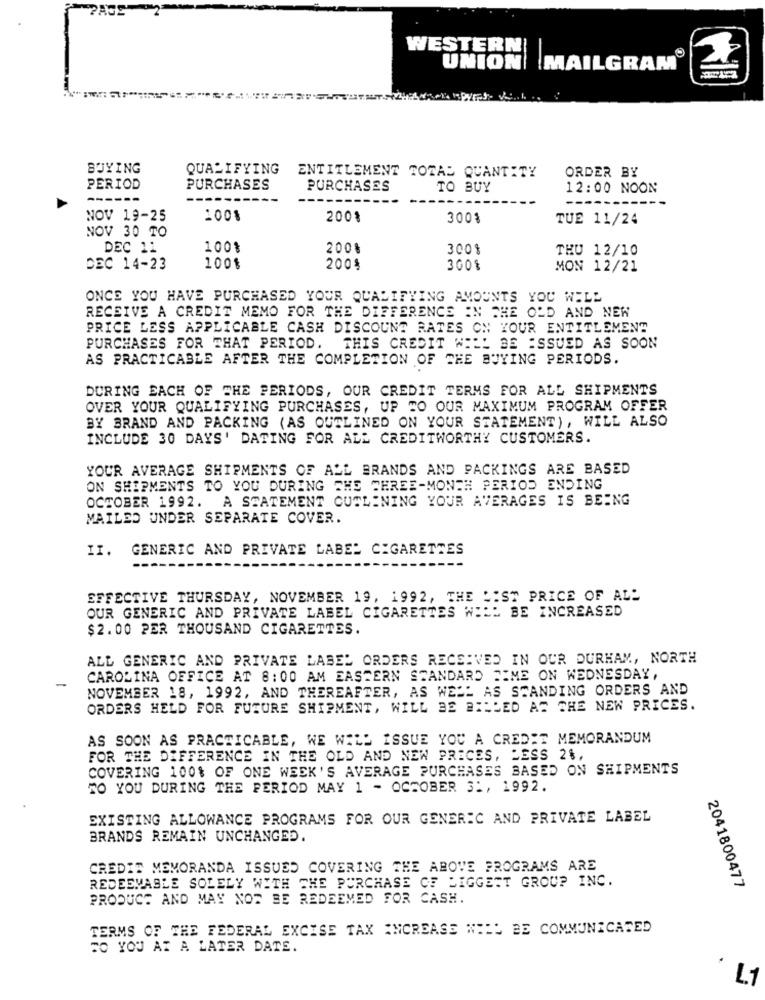
WESTERN
UNION MAILGRAM
BUYING
QUALIFYING
ORDER BY
ENTITLEMENT TOZAD QUANTITY
PERIOD
PURCHASES
PURCHASES
TO BUY
12:00 NOON
--
----
NOV 19-25
1001
200%
300%
TUE 11/24
NOV 30 TO
DEC 11
100%
200%
3001
THU 12/10
DEC 14-23
100$
200$
300%
MON 12/21
ONCE YOU HAVE PURCHASED YOUR QUALIFYING AMOUNTS YOU WILL
RECEIVE A CREDIT MEMO FOR THE DIFFERENCE IN THE OLD AND NEW
PRICE LESS APPLICABLE CASH DISCOUNT RATES ON YOUR ENTITLEMENT
PURCHASES FOR THAT PERIOD. THIS CREDIT WILL BE ISSUED AS SOON
AS PRACTICABLE AFTER THE COMPLETION OF THE BUYING PERIODS.
DURING EACH OF THE PERIODS, OUR CREDIT TERMS FOR ALL SHIPMENTS
OVER YOUR QUALIFYING PURCHASES, UP TO OUR MAXIMUM PROGRAM OFFER
BY BRAND AND PACKING (AS OUTLINED ON YOUR STATEMENT), WILL ALSO
INCLUDE 30 DAYS' DATING FOR ALL CREDITWORTHY CUSTOMERS.
YOUR AVERAGE SHIPMENTS OF ALL BRANDS AND PACKINGS ARE BASED
ON SHIPMENTS TO YOU DURING THE THREE-MONTH PERIOD ENDING
OCTOBER 1992. A STATEMENT OUTLINING YOUR AVERAGES IS BEING
MAILED UNDER SEPARATE COVER.
II. GENERIC AND PRIVATE LABEL CIGARETTES
EFFECTIVE THURSDAY, NOVEMBER 19, 1992, THE LIST PRICE OF ALL
OUR GENERIC AND PRIVATE LABEL CIGARETTES WILL BE INCREASED
$2.00 PER THOUSAND CIGARETTES.
ALL GENERIC AND PRIVATE LABEL ORDERS RECEIVED IN OUR DURHAM, NORTH
CAROLINA OFFICE AT 8:00 AM EASTERN STANDARD TIME ON WEDNESDAY,
-
NOVEMBER 18, 1992, AND THEREAFTER, AS WELL AS STANDING ORDERS AND
ORDERS HELD FOR FUTURE SHIPMENT, WILL BE BILLED AS THE NEW PRICES.
AS SOON AS PRACTICABLE, WE WILL ISSUE YOU A CREDIT MEMORANDUM
FOR THE DIFFERENCE IN THE OLD AND NEW PRICES, LESS 2%,
COVERING 100% OF ONE WEEK'S AVERAGE PURCHASES BASED ON SHIPMENTS
TO YOU DURING THE PERIOD MAY 1 - OCTOBER 3 :, 1992.
EXISTING ALLOWANCE PROGRAMS FOR OUR GENERIC AND PRIVATE LABEL
BRANDS REMAIN UNCHANGED.
CREDIT MEMORANDA ISSUED COVERING THE ABOVE PROGRAMS ARE
REDEEMABLE SOLELY WITH THE PURCHASE CE LIGGERT GROUP INC.
2041800477
PRODUCT AND MAY NOT BE REDEEMED FOR CASH.
TERMS OF THE FEDERAL EXCISE TAX INCREASE WILL BE COMMUNICATED
TO YOU AT A LATER DATE.
· L1